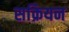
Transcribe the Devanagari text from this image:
सक्रियन